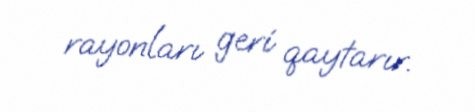
rayonları geri qaytarır.